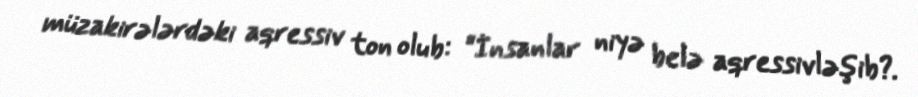
müzakirələrdəki aqressiv ton olub: “İnsanlar niyə belə aqressivləşib?.